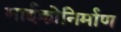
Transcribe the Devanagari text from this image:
माईक्रोनिर्माण